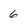
Character: 6